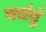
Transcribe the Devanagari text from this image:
चर्चनुं